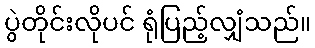
ပွဲတိုင်းလိုပင် ရုံပြည့်လျှံသည်။